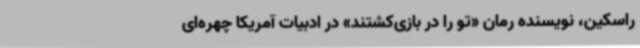
راسکین، نویسنده رمان «تو را ‌در ‌بازی‌کشتند» در ادبیات آمریکا چهره‌ای